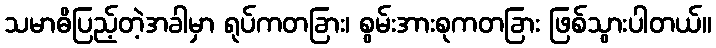
သမာဓိပြည့်တဲ့အခါမှာ ရုပ်ကတခြား၊ စွမ်းအားစုကတခြား ဖြစ်သွားပါတယ်။